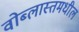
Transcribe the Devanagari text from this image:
वोब्लास्तमधील